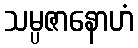
သမ္ပဇာနောဟံ